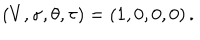
( V , \sigma , \theta , \tau ) = ( 1 , 0 , 0 , 0 ) \, .